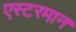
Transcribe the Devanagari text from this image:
एस्टरमान